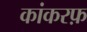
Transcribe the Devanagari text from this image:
कांकरफ़